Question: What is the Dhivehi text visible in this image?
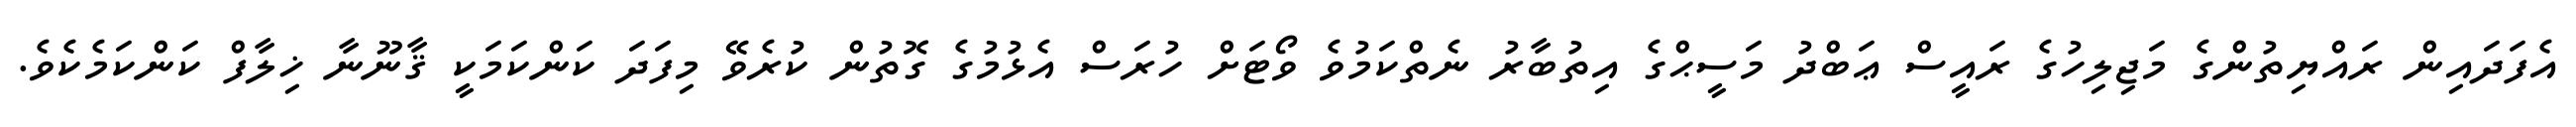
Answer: އެފަދައިން ރައްޔިތުންގެ މަޖިލިހުގެ ރައީސް ޢަބްދު މަސީޙްގެ އިތުބާރު ނެތްކަމުވެ ވޯޓަށް ހުރަސް އެޅުމުގެ ގޮތުން ކުރެވޭ މިފަދަ ކަންކަމަކީ ޤާނޫނާ ޚިލާފް ކަންކަމެކެވެ.